Report of the Indian Hemp Drugs Commission, 1894-1895 - Volume V
Year: 1894
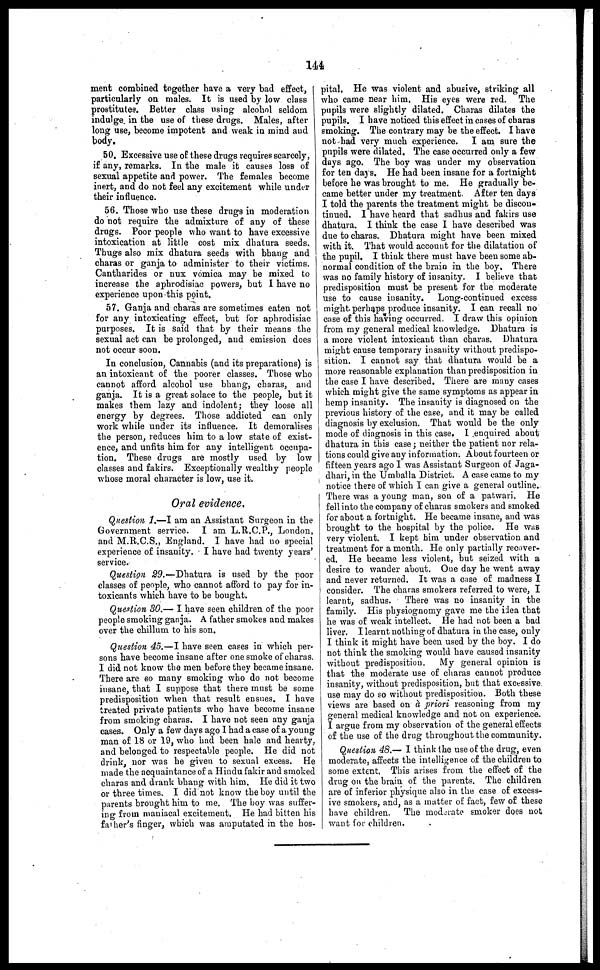
144
ment combined together have a very bad effect,
particularly on males. It is used by low class
prostitutes. Better class using alcohol seldom
indulge in the use of these drugs. Males, after
long use, become impotent and weak in mind and
body.
50. Excessive use of these drugs requires scarcely,
if any, remarks. In the male it causes loss of
sexual appetite and power. The females become
inert, and do not feel any excitement while under
their influence.
56. Those who use these drugs in moderation
do not require the admixture of any of these
drugs. Poor people who want to have excessive
intoxication at little cost mix dhatura seeds.
Thugs also mix dhatura seeds with bhang and
charas or ganja to administer to their victims.
Cantharides or nux vomica may be mixed to
increase the aphrodisiac powers, but I have no
experience upon this point.
57. Ganja and charas are sometimes eaten not
for any intoxicating effect, but for aphrodisiac
purposes. It is said that by their means the
sexual act can be prolonged, and emission does
not occur soon.
In conclusion, Cannabis (and its preparations) is
an intoxicant of the poorer classes. Those who
cannot afford alcohol use bhang, charas, and
ganja. It is a great solace to the people, but it
makes them lazy and indolent; they loose all
energy by degrees. Those addicted can only
work while under its influence. It demoralises
the person, reduces him to a low state of exist-
ence, and unfits him for any intelligent occupa-
tion. These drugs are mostly used by low
classes and fakirs. Exceptionally wealthy people
whose moral character is low, use it.
Oral evidence.
Question 1.—I am an Assistant Surgeon in the
Government service. I am L.R.C.P., London,
and M.R.C.S., England. I have had no special
experience of insanity. I have had twenty years'
service.
Question 29.— Dhatura is used by the poor
classes of people, who cannot afford to pay for in-
toxicants which have to be bought.
Question 30.— I have seen children of the poor
people smoking ganja. A father smokes and makes
over the chillum to his son.
Question 45.—I have seen cases in which per-
sons have become insane after one smoke of charas.
I did not know the men before they became insane.
There are so many smoking who do not become
insane, that I suppose that there must be some
predisposition when that result ensues. I have
treated private patients who have become insane
from smoking charas. I have not seen any ganja
cases. Only a few days ago I had a case of a young
man of 18 or 19, who had been hale and hearty,
and belonged to respectable people. He did not
drink, nor was he given to sexual excess. He
made the acquaintance of a Hindu fakir and smoked
charas and drank bhang with him. He did it two
or three times. I did not know the boy until the
parents brought him to me. The boy was suffer-
ing from maniacal excitement. He had bitten his
father's finger, which was amputated in the hos-
pital. He was violent and abusive, striking all
who came near him, His eyes were red. The
pupils were slightly dilated. Charas dilates the
pupils. I have noticed this effect in cases of charas
smoking. The contrary may be the effect. I have
not had very much experience. I am sure the
pupils were dilated. The case occurred only a few
days ago. The boy was under my observation
for ten days. He had been insane for a fortnight
before he was brought to me. He gradually be-
came better under my treatment. After ten days
I told the parents the treatment might be discon-
tinued. I have heard that sadhus and fakirs use
dhatura. I think the case I have described was
due to charas. Dhatura might have been mixed
with it. That would account for the dilatation of
the pupil. I think there must have been some ab-
normal condition of the brain in the boy. There
was no family history of insanity. I believe that
predisposition must be present for the moderate
use to cause insanity. Long-continued excess
might perhaps produce insanity. I can recall no
case of this having occurred. I draw this opinion
from my general medical knowledge. Dhatura is
a more violent intoxicant than charas. Dhatura
might cause temporary insanity without predispo-
sition. I cannot say that dhatura would be a
more reasonable explanation than predisposition in
the case I have described. There are many cases
which might give the same symptoms as appear in
hemp insanity. The insanity is diagnosed on the
previous history of the case, and it may be called
diagnosis by exclusion. That would be the only
mode of diagnosis in this ease. I enquired about
dhatura in this case; neither the patient nor rela-
tions could give any information. About fourteen or
fifteen years ago I was Assistant Surgeon of Jaga-
dhari, in the Umballa District. A case came to my
notice there of which I can give a general outline.
There was a young man, son of a patwari. He
fell into the company of charas smokers and smoked
for about a fortnight. He became insane, and was
brought to the hospital by the police. He was
very violent. I kept him under observation and
treatment for a month. He only partially recover-
ed. He became less violent, but seized with a
desire to wander about. One day he went away
and never returned. It was a case of madness I
consider. The charas smokers referred to were, I
learnt, sadhus. There was no insanity in the
family. His physiognomy gave me the idea that
he was of weak intellect. He had not been a bad
liver. I learnt nothing of dhatura in the case, only
I think it might have been used by the boy. I do
not think the smoking would have caused insanity
without predisposition.
My general opinion is
that the moderate use of charas cannot produce
insanity, without predisposition, but that excessive
use may do so without predisposition. Both these
views are based on à priori reasoning from my
general medical knowledge and not on experience.
I argue from my observation of the general effects
of the use of the drug throughout the community.
Question 48.— I think the use of the drug, even
moderate, affects the intelligence of the children to
some extent, This arises from the effect of the
drug on the brain of the parents. The children
are of inferior physique also in the case of excess-
ive smokers, and, as a matter of fact, few of these
have children. The moderate smoker does not
want for children.